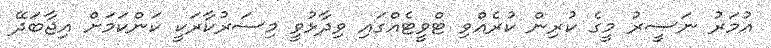
އުމަރު ނަސީރު މީގެ ކުރިން ކުރެއްވި ޓްވީޓެއްގައި ވިދާޅުވީ މިސަރުކާރަކީ ކަންކަމަށް އިޖާބަދޭ